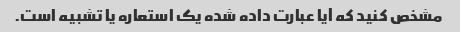
مشخص کنید که آیا عبارت داده شده یک استعاره یا تشبیه است.